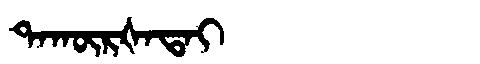
Manchu: ᡨᠠᡴᡡᡵᡧᠠᡨᠠᡳ
Romanization: TAKŪRŠATAI